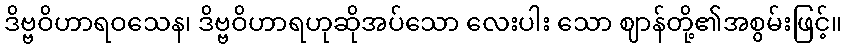
ဒိဗ္ဗဝိဟာရဝသေန၊ ဒိဗ္ဗဝိဟာရဟုဆိုအပ်သော လေးပါး သော ဈာန်တို့၏အစွမ်းဖြင့်။